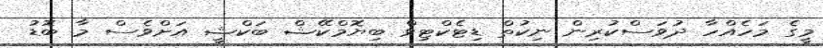
މީގެ މަހެއްހާ ދުވަސްކުރިން ނިކުތް ޑިޓެކްޓިވް ބިޔޮމްކޭޝް ބަކްޝީ އަށްވެސް މާ ބޮޑު